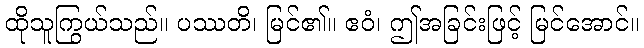
ထိုသူကြွယ်သည်။ ပဿတိ၊ မြင်၏။ ဧဝံ၊ ဤအခြင်းဖြင့် မြင်အောင်။